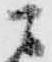
ニ